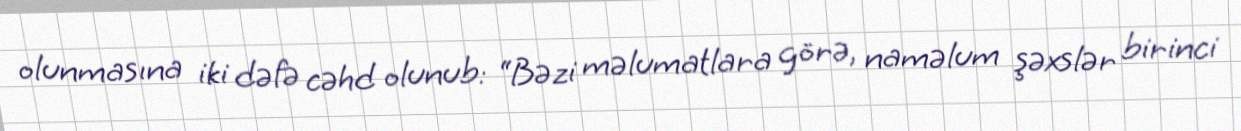
olunmasına iki dəfə cəhd olunub: “Bəzi məlumatlara görə, naməlum şəxslər birinci